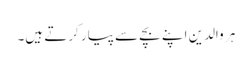
ہر والدین اپنے بچے سے پیار کرتے ہیں۔